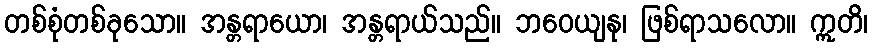
တစ်စုံတစ်ခုသော။ အန္တရာယော၊ အန္တရာယ်သည်။ ဘဝေယျနု၊ ဖြစ်ရာသလော။ ဣတိ၊